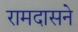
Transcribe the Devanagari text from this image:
रामदासने